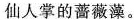
仙人掌的蔷薇藻。